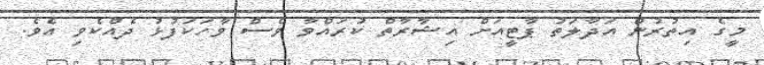
މީގެ އިތުރުން އަދާލަތު ޕާޓީއަށް އިޝާރާތް ކުރައްވާ ވެސް ވާހަކަފުޅު ދެއްކެވި އެވެ.